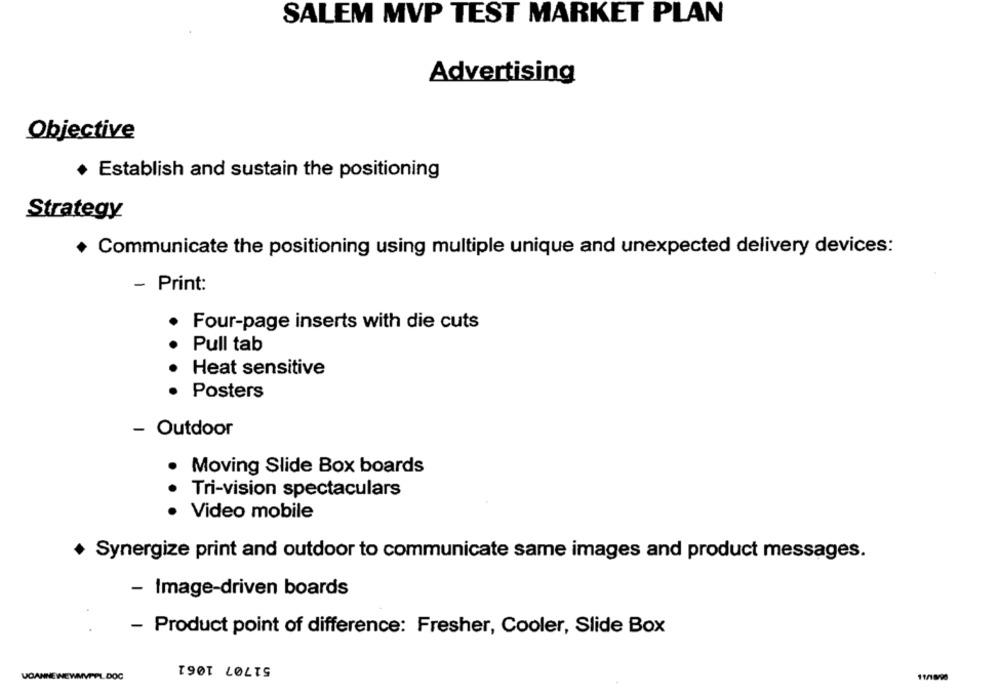
SALEM MVP TEST MARKET PLAN
Advertising
Objective
.
Establish and sustain the positioning
Strategy
+ Communicate the positioning using multiple unique and unexpected delivery devices:
- Print:
· Four-page inserts with die cuts
Pull tab
Heat sensitive
Posters
- Outdoor
. Moving Slide Box boards
· Tri-vision spectaculars
Video mobile
+ Synergize print and outdoor to communicate same images and product messages.
- Image-driven boards
- Product point of difference: Fresher, Cooler, Slide Box
51707 1061
UCANNEWEWMVPPL. DOC
11/1000